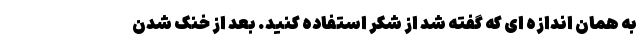
به همان اندازه ای که گفته شد از شکر استفاده کنید. بعد از خنک شدن